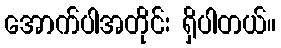
အောက်ပါအတိုင်း ရှိပါတယ်။